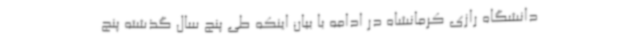
دانشگاه رازی کرمانشاه در ادامه با بیان اینکه طی پنج سال گذشته پنج